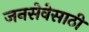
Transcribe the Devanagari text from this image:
जनसेवेसाठी